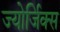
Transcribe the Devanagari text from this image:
ज्योर्जिक्स